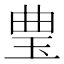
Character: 㻃